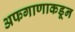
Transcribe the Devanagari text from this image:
अफगाणाकडून